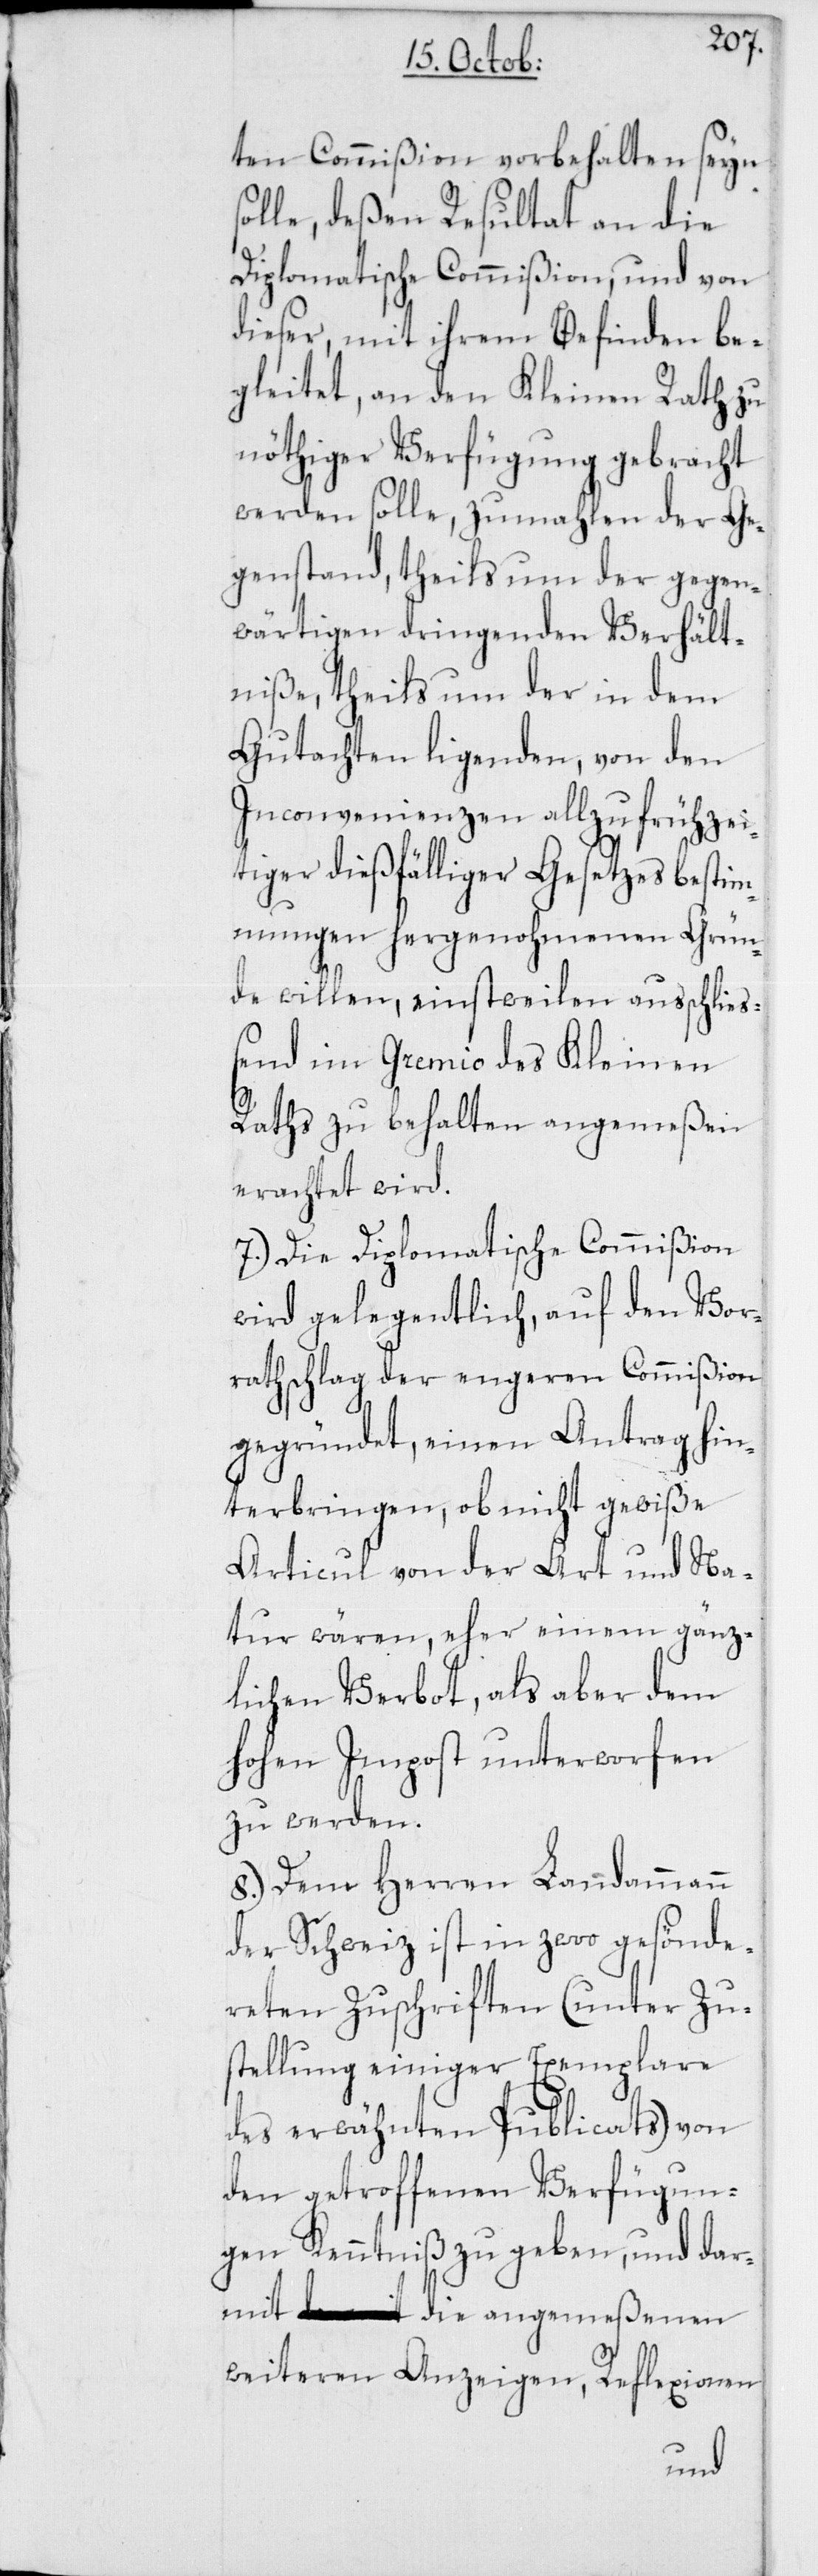
ten Commißion vorbehalten seyn
solle, deßen Resultat an die
Diplomatische Commißion, und von
dieser, mit ihrem Befinden be¬
gleitet, an den Kleinen Rath zu
nöthiger Verfügung gebracht
werden solle, zumahlen der Ge¬
genstand, theils um der gegen¬
wärtigen dringenden Verhält¬
niße, theils um der in dem
Gutachten ligenden, von den
Inconvenienzen allzu frühzei¬
tiger dießfälliger Gesetzesbestim¬
mungen hergenohmenen Grün¬
de willen, einstweilen ausschließ¬
end im Gremio des Kleinen
Raths zu behalten angemeßen
erachtet wird.
7. Die Diplomatische Commißion
wird gelegentlich, auf den Vor¬
rathschlag der engeren Commißion
gegründet, einen Antrag hin¬
terbringen, ob nicht gewiße
Articul von der Art und Na¬
tur wären, eher einem gänz¬
lichen Verbot, als aber dem
hohen Impost unterworfen
zu werden.
8. Dem Herren Landammann
der Schweiz ist in zwoo gesönde¬
reten Zuschriften (unter Zu¬
stellung einiger Exemplare
des erwähnten Publicats) von
den getroffenen Verfügun¬
gen Kenntniß zu geben, und dar¬
mit die angemeßenen
weiteren Anzeigen, Reflexionen